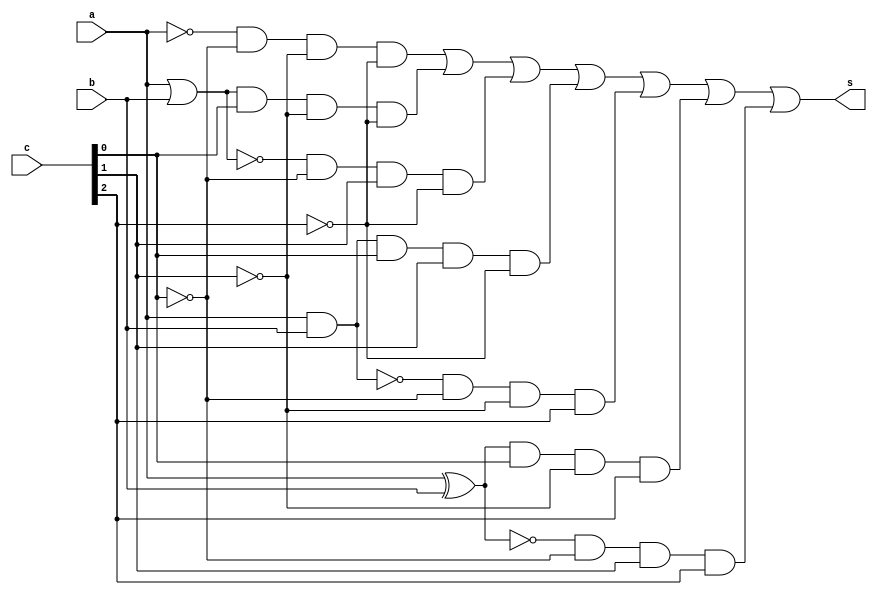
// ------------------------- 
// Exemplo0035 - F4
// Nome: Roger Rubens Machado 
// ------------------------- 

// f4_gate 
	
	module f4 (output s, input a, input b, input [2:0] c);
		wire s_and1;
		wire s_and2;
		wire s_and3;
		wire s_and4;
		wire s_and5;
		wire s_and6;
		wire s_and7;
		wire s_and8;
		wire s_xnor1;
		wire s_xor1;
		wire s_nor1;
		wire s_or1;
		wire s_nand1;
		
		not NOT1(s_not1, a);
		and AND2(s_and2, s_not1, ~c[0], ~c[1], ~c[2]);	
		or OR1(s_or1, a, b);
		and AND3(s_and3, s_or1, c[0], ~c[1], ~c[2]);		
		nor NOR1(s_nor1, a, b);
		and AND4(s_and4, s_nor1, ~c[0], c[1], ~c[2]);	
		and AND1(s_and1, a, b);
		and AND5(s_and5, s_and1, c[0], c[1], ~c[2]);	
		nand NAND1(s_nand1, a, b);
		and AND6(s_and6, s_nand1, ~c[0], ~c[1], c[2]);
		xor XOR1(s_xor1, a, b);
		and AND7(s_and7, s_xor1, c[0], ~c[1], c[2]);	
	 	xnor XNOR1(s_xnor1, a, b);
		and AND8(s_and8, s_xnor1, ~c[0], c[1], c[2]);
		
		or OR2(s, s_and2, s_and3, s_and4, s_and5, s_and6, s_and7, s_and8);
	
	endmodule // f4
	
	module test_f4;
		// --Definir dados
	 	reg x; 
	 	reg y; 
		reg [2:0] c;
		wire s; 
	 
	f4 modulo (s, x, y, c);
	
	// --Parte principal 
	initial begin 
		$display("Exemplo0035 - Roger Rubens Machado - 430533"); 
		$display("Test LU's module"); 
			
	   #1 x = 0; y = 0; c = 000;
		$monitor("Resultado Chave = %3b\n x = %1b \t y = %1b \t Resultado -> %1b\n", c, x, y, s);
	
	end
	endmodule // test_f4